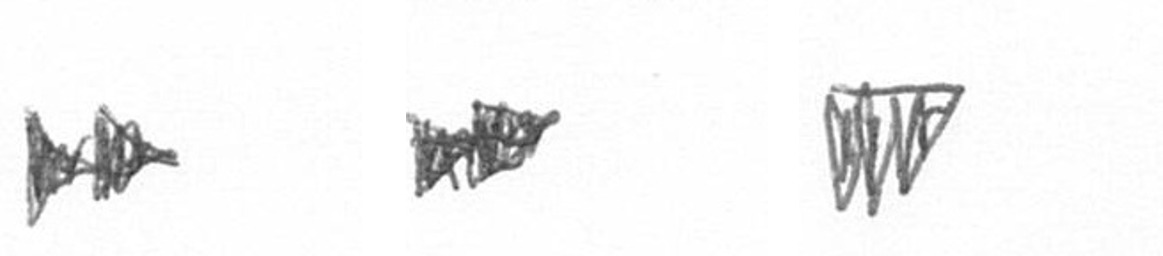
A A L